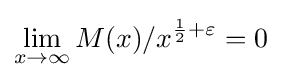
\lim _{x\to \infty }M(x)/x^{{\frac {1}{2}}+\varepsilon }=0